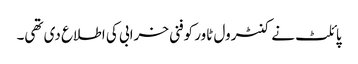
پائلٹ نے کنٹرول ٹاور کوفنی خرابی کی اطلاع دی تھی۔